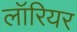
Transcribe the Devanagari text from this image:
लॉरियर